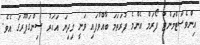
އިންވެސްޓްމަންޓް ފޯރަމް އެންމެ ފުރަތަމަ ބާއްވާފައި ވަނީ މިދިޔަ އަހަރު ސިންގަޕޫރުގަ އެވެ.